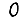
Digit: 0